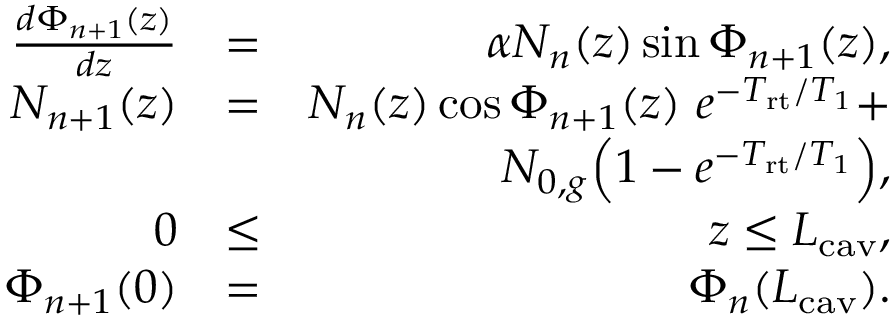
\begin{array} { r l r } { \frac { d \Phi _ { n + 1 } ( z ) } { d z } } & { = } & { \alpha N _ { n } ( z ) \sin \Phi _ { n + 1 } ( z ) , } \\ { N _ { n + 1 } ( z ) } & { = } & { N _ { n } ( z ) \cos \Phi _ { n + 1 } ( z ) \ e ^ { - T _ { \mathrm { r t } } / T _ { 1 } } + } \\ & { } & { N _ { 0 , g } \Big ( 1 - e ^ { - T _ { \mathrm { r t } } / T _ { 1 } } \Big ) , } \\ { 0 } & { \le } & { z \le L _ { \mathrm { c a v } } , } \\ { \Phi _ { n + 1 } ( 0 ) } & { = } & { \Phi _ { n } ( L _ { \mathrm { c a v } } ) . } \end{array}